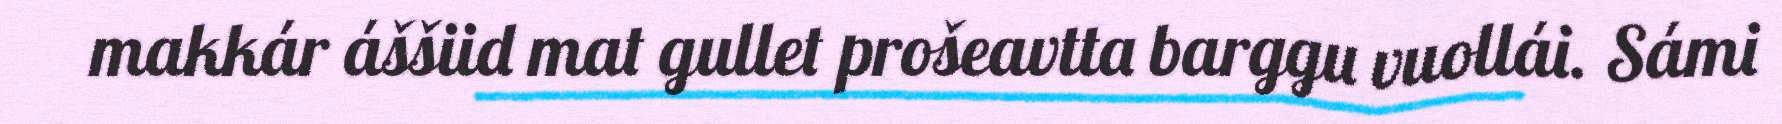
makkár áššiid mat gullet prošeavtta barggu vuollái. Sámi